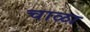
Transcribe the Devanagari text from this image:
चाळा